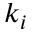
k _ { i }